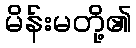
မိန်းမတို့၏